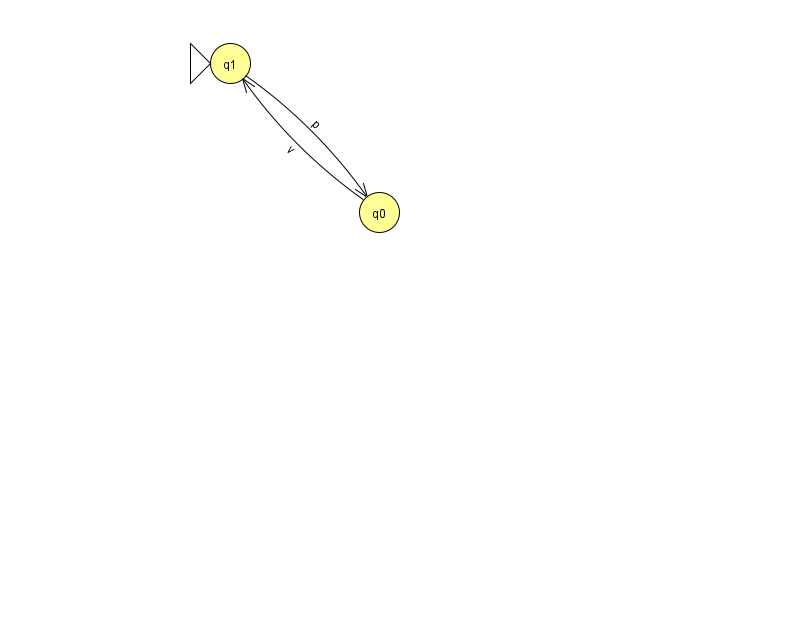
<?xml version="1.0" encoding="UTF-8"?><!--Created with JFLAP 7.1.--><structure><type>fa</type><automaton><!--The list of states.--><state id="0" name="q0"><x>379.0</x><y>199.0</y></state><state id="1" name="q1"><x>230.0</x><y>50.0</y><initial/></state><!--The list of transitions.--><transition><from>1</from><to>0</to><read>p</read></transition><transition><from>0</from><to>1</to><read>v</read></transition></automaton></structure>